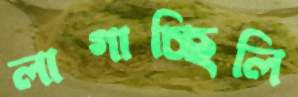
লাগাচ্ছিলি